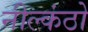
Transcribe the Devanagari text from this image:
नील्कंठो